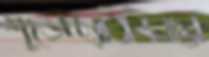
শুভেচ্ছাবিনিময়ে